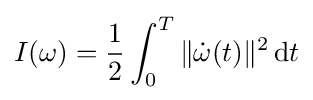
I(\omega )={\frac {1}{2}}\int _{0}^{T}\|{\dot {\omega }}(t)\|^{2}\,\mathrm {d} t